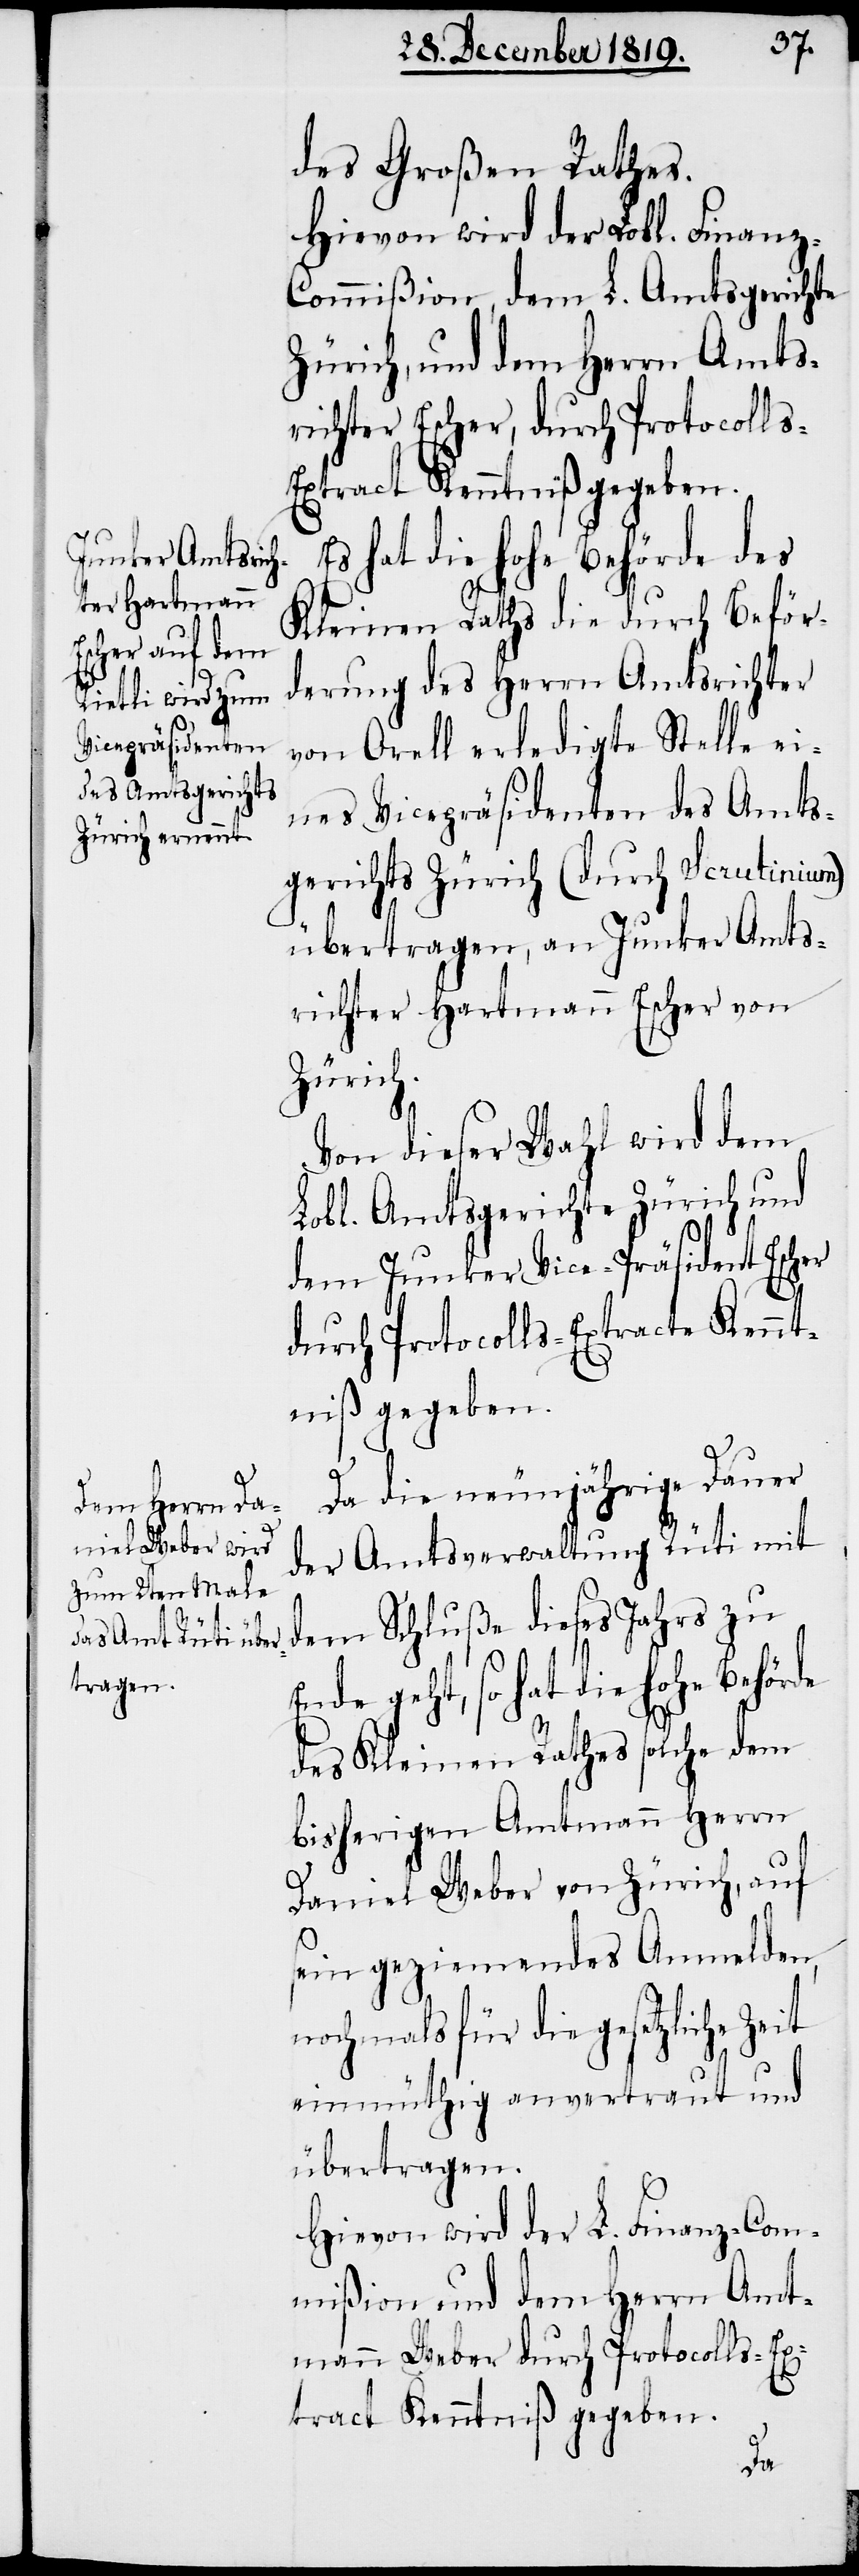
des Großen Rathes.
Hievon wird der Lobl. Finanz-C¬
ommißion, dem L. Amtsgerichte
Zürich, und dem Herrn Amts¬
richter Escher, durch Protocoll¬
s-Extract Kenntniß gegeben.
hat die hohe Behörde
Kleinen Raths die durch Beför¬
derung des Herrn Amtsrichter
von Orell erledigte Stelle ei¬
nes Vicepräsidenten des Amts¬
gerichts Zürich (durch Scrutinium)
übertragen, an Junker Amts¬
richter Hartmann Escher von
Zürich.
Von dieser Wahl wird dem
Lobl. Amtsgerichte Zürich und
dem Junker Vice-Präsident Escher
durch Protocolls-Extracte Kennt¬
niß gegeben.
Da die neunjährige Dauer
der Amtsverwaltung Rüti mit
dem Schluße dieses Jahrs zu
Ende geht, so hat die hohe Behörde
des Kleinen Rathes solche dem
bisherigen Amtmann Herrn
Daniel Weber von Zürich, auf
sein geziemendes Anmelden,
nochmals für die gesetzliche
einmüthig anvertraut und
übertragen.
Hievon wird der L. Finanz-Com¬
mißion und dem Herrn Amt¬
mann Weber durch Protocolls-Ex¬
tract Kenntniß gegeben.